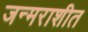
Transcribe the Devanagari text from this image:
जन्मराशीत